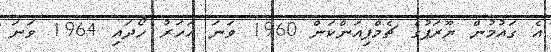
އެ ގައުމުން ޔޫރަޕުގެ ޗެމްޕިއަންކަން 1960 ވަނަ އަހަރު ހޯދައި 1964 ވަނަ